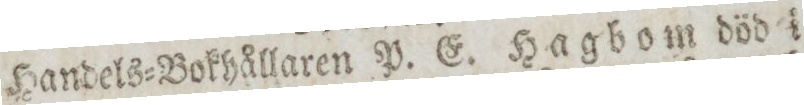
Handels=Bokhållaren P. E. Hagbom död i